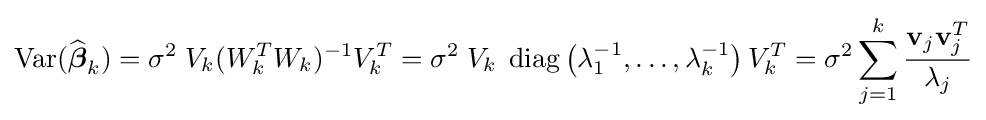
\operatorname {Var} ({\widehat {\boldsymbol {\beta }}}_{k})=\sigma ^{2}\;V_{k}(W_{k}^{T}W_{k})^{-1}V_{k}^{T}=\sigma ^{2}\;V_{k}\;\operatorname {diag} \left(\lambda _{1}^{-1},\ldots ,\lambda _{k}^{-1}\right)V_{k}^{T}=\sigma ^{2}\sideset {}{}\sum _{j=1}^{k}{\frac {\mathbf {v} _{j}\mathbf {v} _{j}^{T}}{\lambda _{j}}}